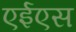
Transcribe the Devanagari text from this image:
एईएस